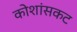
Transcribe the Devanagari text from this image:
कोशांसकट